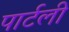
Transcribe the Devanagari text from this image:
पार्टली